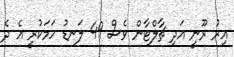
އިރު ރޫނީ އަދި ޗާލްޓާން ވެސް 49 ލަނޑު ހަމަކުރީ އެ ދެ